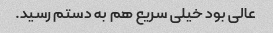
عالی ‌بود خیلی سریع هم به دستم رسید.